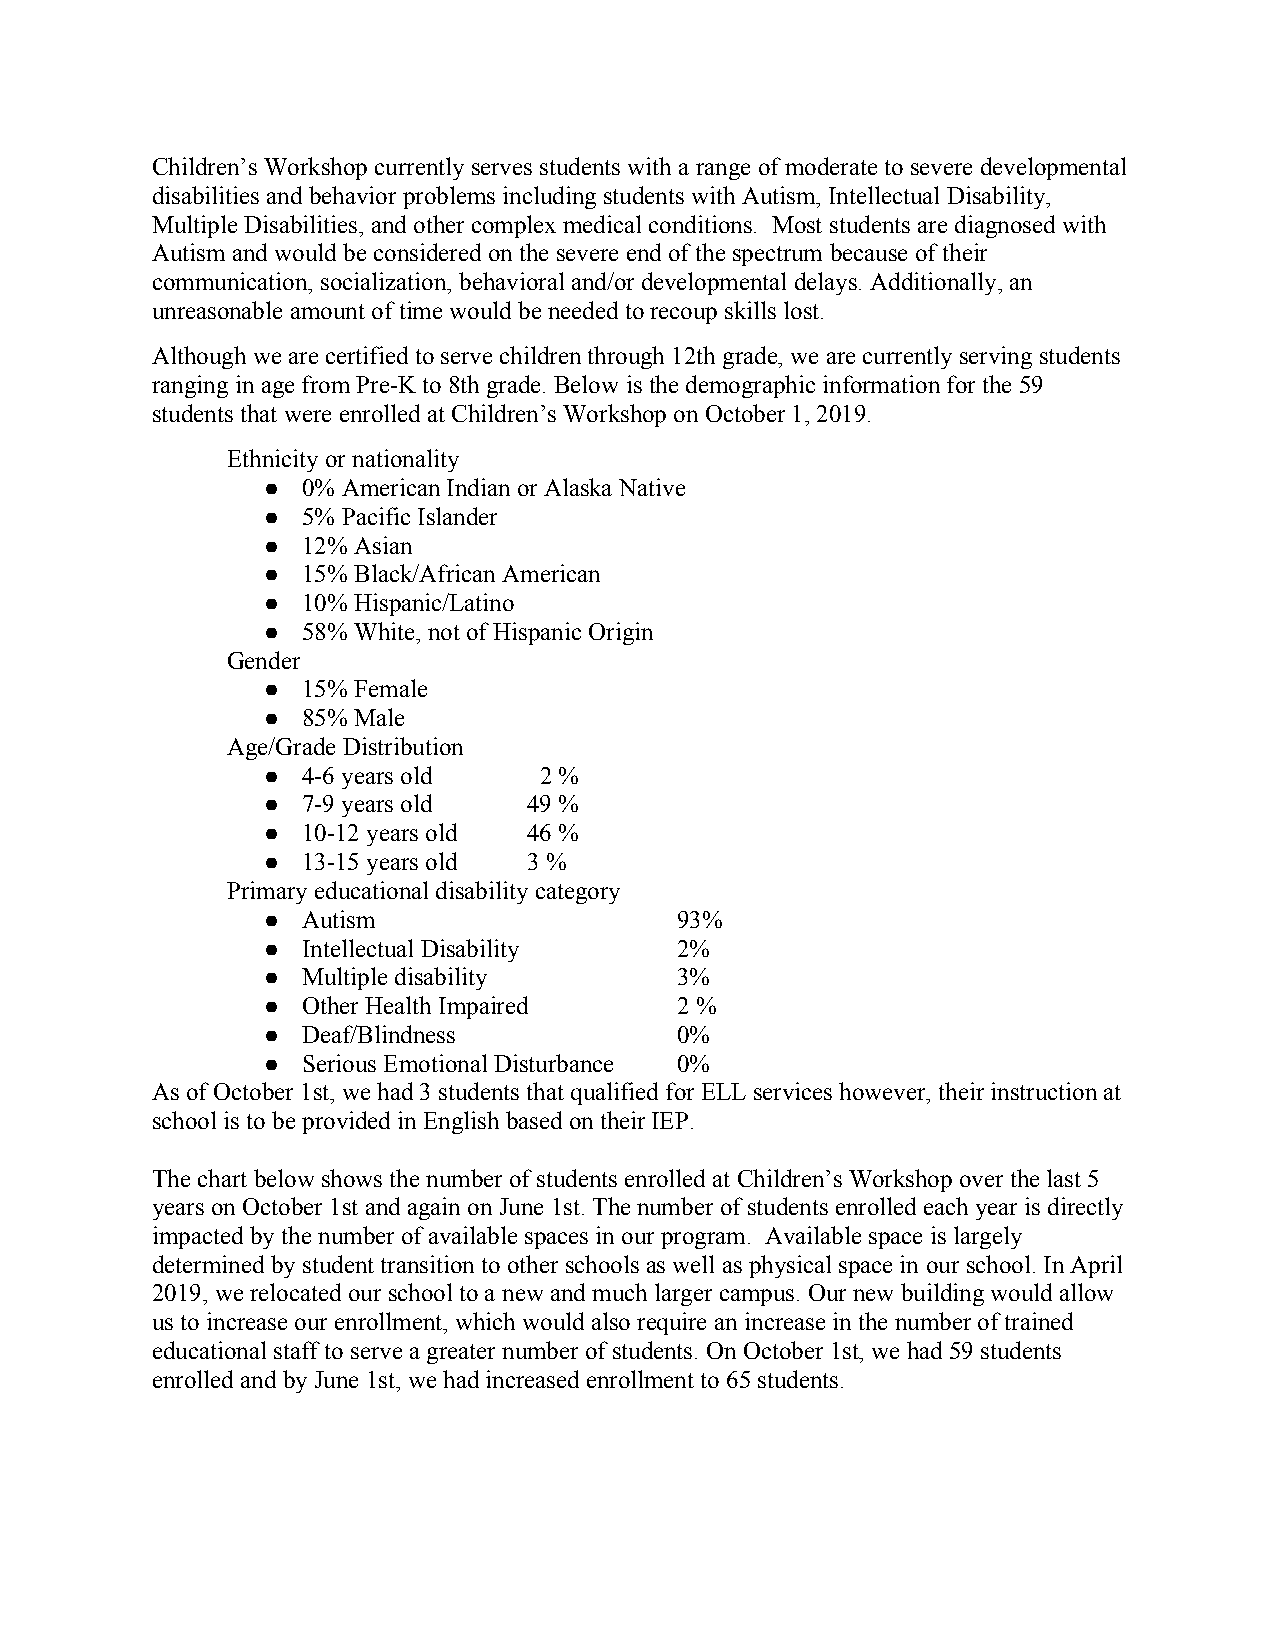
Children’s Workshop currently serves students with a range of moderate to severe developmental
 disabilities and behavior problems including students with Autism, Intellectual Disability,
 Multiple Disabilities, and other complex medical conditions. Most students are diagnosed with
 Autism and would be considered on the severe end of the spectrum because of their
 communication, socialization, behavioral and/or developmental delays. Additionally, an
 unreasonable amount of time would be needed to recoup skills lost.
 Although we are certified to serve children through 12th grade, we are currently serving students
 ranging in age from Pre-K to 8th grade. Below is the demographic information for the 59
 students that were enrolled at Children’s Workshop on October 1, 2019.
 Ethnicity or nationality
 ● 0% American Indian or Alaska Native
 ● 5% Pacific Islander
 ● 12% Asian
 ● 15% Black/African American
 ● 10% Hispanic/Latino
 ● 58% White, not of Hispanic Origin
 Gender
 ● 15% Female
 ● 85% Male
 Age/Grade Distribution
 ● 4-6 years old   2 %
 ● 7-9 years old  49 %
 ● 10-12 years old 46 %
 ● 13-15 years old 3 %
 Primary educational disability category
 ● Autism                   93%
 ● Intellectual Disability  2%
 ● Multiple disability      3%
 ● Other Health Impaired    2 %
 ● Deaf/Blindness           0%
 ● Serious Emotional Disturbance 0%
 As of October 1st, we had 3 students that qualified for ELL services however, their instruction at
 school is to be provided in English based on their IEP.
 The chart below shows the number of students enrolled at Children’s Workshop over the last 5
 years on October 1st and again on June 1st. The number of students enrolled each year is directly
 impacted by the number of available spaces in our program. Available space is largely
 determined by student transition to other schools as well as physical space in our school. In April
 2019, we relocated our school to a new and much larger campus. Our new building would allow
 us to increase our enrollment, which would also require an increase in the number of trained
 educational staff to serve a greater number of students. On October 1st, we had 59 students
 enrolled and by June 1st, we had increased enrollment to 65 students.